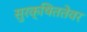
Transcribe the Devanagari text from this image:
सुरक्षिततेवर